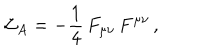
LaTeX: { \cal L } _ { A } = - \frac { 1 } { 4 } \, F _ { \mu \nu } \, F ^ { \mu \nu } \, ,